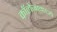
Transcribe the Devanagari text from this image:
कॉलेजामध्ये